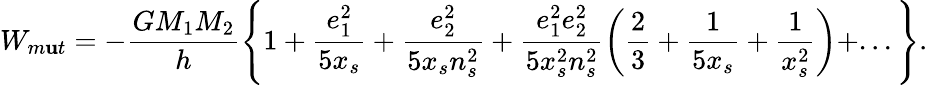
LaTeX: W_{m\mathbf{u}t}=\displaystyle-\frac{{GM_{1}M_{2}}}{{h}}\left\lbrace1+\frac{{e_{1}^{2}}}{{5x_{s}}}+\frac{{e_{2}^{2}}}{{5x_{s}n_{s}^{2}}}+\frac{{e_{1}^{2}e_{2}^{2}}}{{5x_{s}^{2}n_{s}^{2}}}\left(\frac{{2}}{{3}}+\frac{{1}}{{5x_{s}}}+\frac{{1}}{{x_{s}^{2}}}\right)+...\right\rbrace.